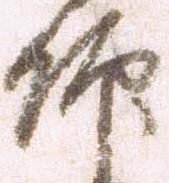
仰